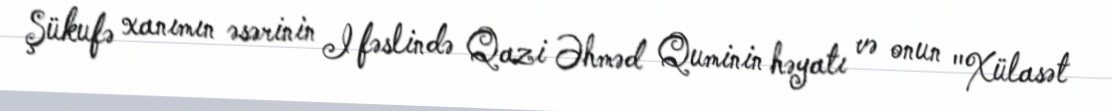
Şükufə xanımın əsərinin I fəslində Qazi Əhməd Quminin həyatı və onun "Xülasət